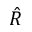
\hat { R }